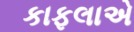
કાફલાએ